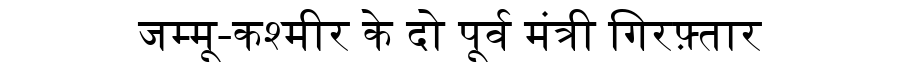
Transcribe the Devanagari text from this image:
जम्मू-कश्मीर के दो पूर्व मंत्री गिरफ़्तार